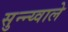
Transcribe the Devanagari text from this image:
सुन्न्य्वाले